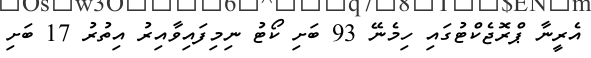
އެރީނާ ޕްރޮޖެކްޓުގައި ހިމެނޭ 93 ބަށި ކޯޓު ނިމިފައިވާއިރު އިތުރު 17 ބަށި